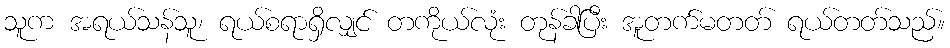
သူက အရယ်သန်သူ၊ ရယ်စရာရှိလျှင် တကိုယ်လုံး တုန်ခါပြီး အူတက်မတတ် ရယ်တတ်သည်။